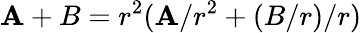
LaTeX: \mathbf{A}+B=r^{2}(\mathbf{A}/r^{2}+(B/r)/r)